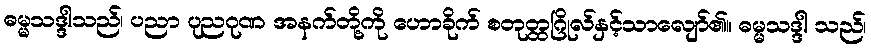
ဓမ္မသဒ္ဒါသည်၊ ပညာ ပုညဂုဏ အနက်တို့ကို ဟောခိုက် စတုတ္ထဂြိုလ်နှင့်သာလျော်၏။ ဓမ္မသဒ္ဒါ သည်၊